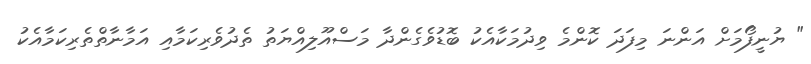
" ޔުނީފޯމަށް އަންނަ މިފަދަ ކޮންމެ ވިދުމަކާއެކު ބޮޑުވެގެންދާ މަސްއޫލިއްޔަތު ތެދުވެރިކަމާއި އަމާނާތްތެރިކަމާއެކު